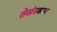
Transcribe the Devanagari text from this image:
तेसंस्कार